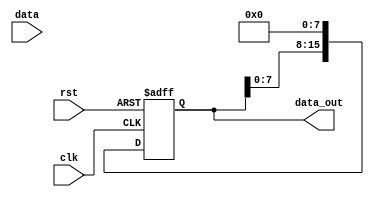
// 8 bit pshift register
module sh_8_bit_hdl( 
    input clk,
    input [7:0] data,
    input rst,
    output reg [15:0] data_out
    );
    
    always @(posedge clk or posedge rst)
        begin
            if (rst) 
                begin
                    data_out <= 16'b0000000010101010; // Initial value: 0000000010101010
                end 
            else 
                begin
                    data_out [7:0] <= data[7:0];
                    data_out <= data_out << 8; // Shift left by 8 bits
                end
        end
endmodule